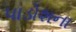
પાડોશના